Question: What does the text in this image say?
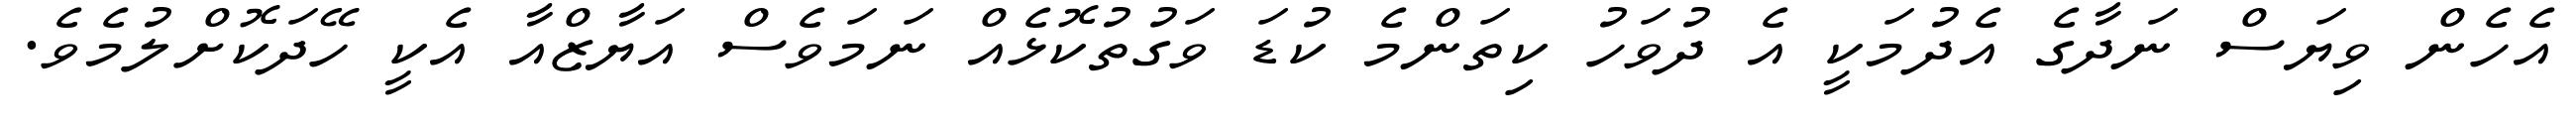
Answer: އެހެން ވިޔަސް ނަދާގެ އެދުމަކީ އެ ދުވަހު ކިތަންމެ ކުޑަ ވަގުތުކޮޅެއް ނަމަވެސް އަޔާޒްއާ އެކީ ހޭދަކޮށްލުމެވެ.